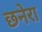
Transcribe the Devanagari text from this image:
छनेरा